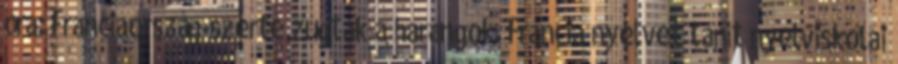
óra: Franciaország-szerte zúgtak a harangok. Francia nyelvet tanít nyelviskolai